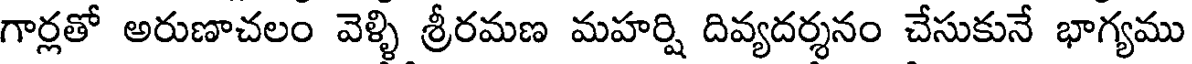
గార్లతో అరుణాచలం వెళ్ళి శ్రీరమణ మహర్షి దివ్యదర్శనం చేసుకునే భాగ్యము